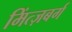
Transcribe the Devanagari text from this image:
मिंत्ज़बर्ग